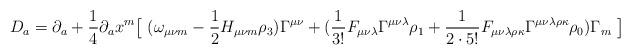
LaTeX: \begin{align*}D_a =\partial_a + { 1 \over 4}\partial_a x^m \big[\ (\omega_{ \mu \nu m} - {1\over 2} H_{ \mu \nu m} \rho_3) \Gamma^{ \mu \nu}+( { 1 \over 3!} F_{\mu\nu\lambda} \Gamma^{\mu\nu\lambda} \rho_1 + { 1 \over 2\cdot 5!} F_{\mu\nu\lambda\rho\kappa} \Gamma^{ \mu\nu\lambda\rho\kappa}\rho_0 ) \Gamma_m\ \big]\end{align*}